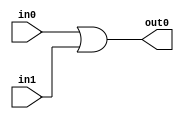
`timescale 1ns / 1ps

module or1(
             input [7:0] in0,
             input [7:0] in1,
             output [7:0] out0
          );
 assign out0=in0|in1;
endmodule